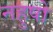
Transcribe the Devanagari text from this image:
नहुषो